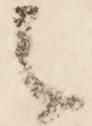
之